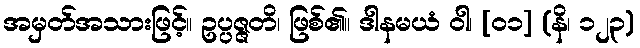
အမှတ်အသားဖြင့်။ ဥပ္ပဇ္ဇတိ၊ ဖြစ်၏။ ဒါနမယံ ဝါ၊ [၀၁] (နိ၊ ၁၂၃)